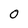
Character: 0